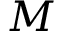
M _ { \sun }